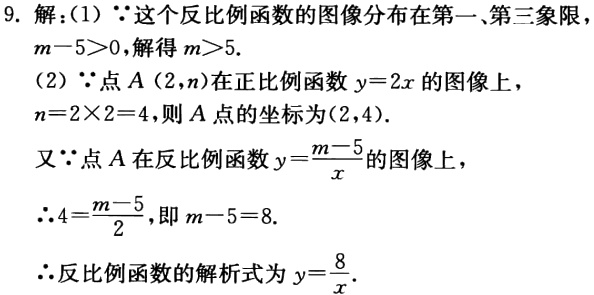
9. 解：(1) \(\because\)这个反比例函数的图像分布在第一、第三象限
\(m - 5>0\)，解得\(m>5\).
(2) \(\because\)点\(A(2,n)\)在正比例函数\(y = 2x\)的图像上，
\(n = 2\times2 = 4\)，则\(A\)点的坐标为\((2,4)\).
又\(\because\)点\(A\)在反比例函数\(y=\frac{m - 5}{x}\)的图像上，
\(\therefore4=\frac{m - 5}{2}\)，即\(m - 5 = 8\).
\(\therefore\)反比例函数的解析式为\(y=\frac{8}{x}\).